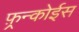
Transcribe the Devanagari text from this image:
फ़्रन्कोईस